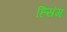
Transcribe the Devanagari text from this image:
ह्सिंग